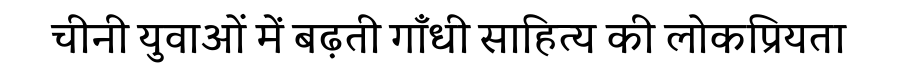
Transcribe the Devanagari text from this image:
चीनी युवाओं में बढ़ती गाँधी साहित्य की लोकप्रियता